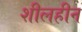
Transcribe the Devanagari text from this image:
शीलहीन